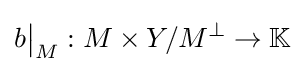
b{\big \vert }_{M}:M\times Y/M^{\perp }\to \mathbb {K}